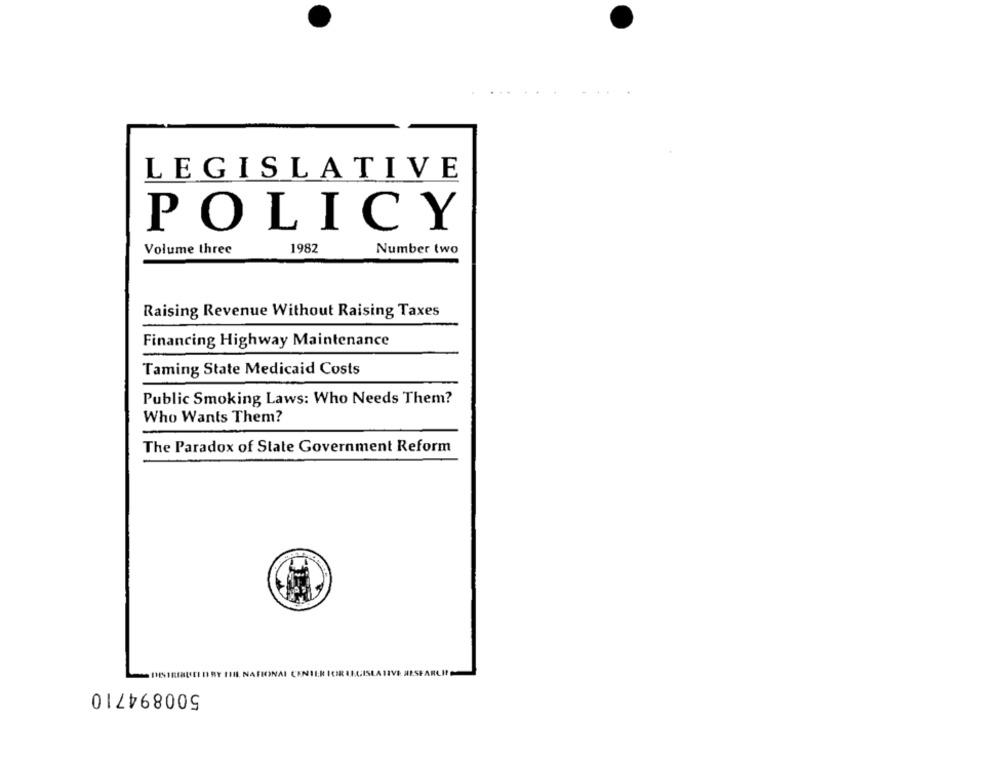
LEGISLATIVE
POLICY
Volume three
1982
Number two
Raising Revenue Without Raising Taxes
Financing Highway Maintenance
Taming State Medicaid Costs
Public Smoking Laws: Who Needs Them?
Who Wants Them?
The Paradox of State Government Reform
FIONAI CENTER ICER LEGISLA TIVE AESFARCITO
500894710